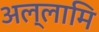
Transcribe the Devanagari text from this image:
अल्लामि